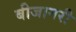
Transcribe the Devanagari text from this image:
बीजागरी